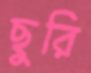
ছুরি